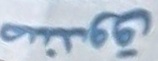
صندوق